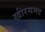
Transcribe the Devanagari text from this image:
खीरसमद